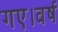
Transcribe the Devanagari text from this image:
गए।वर्ष